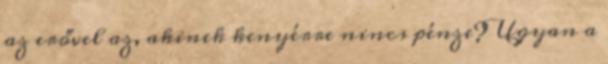
az erővel az, akinek kenyérre nincs pénze? Ugyan a